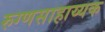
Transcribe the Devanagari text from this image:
रुग्णसाहाय्यक